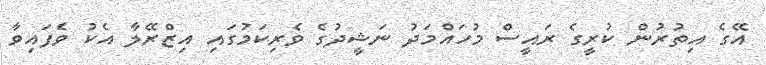
އޭގެ އިތުރުން ކުރީގެ ރައީސް މުހައްމަދު ނަޝީދުގެ ވެރިކަމުގައި އިޒްރޭލާ އެކު ވެފައިވާ